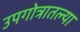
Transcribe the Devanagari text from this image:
उपगोत्रातल्या